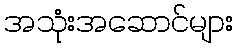
အသုံးအဆောင်များ